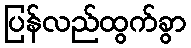
ပြန်လည်ထွက်ခွာ